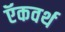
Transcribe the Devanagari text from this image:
ऍकवर्थ